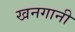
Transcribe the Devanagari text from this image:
खनगानी